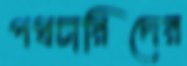
পথচারিদের